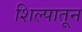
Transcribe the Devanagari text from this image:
शिल्पातून